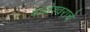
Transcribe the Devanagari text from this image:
बाळेश्वराचे